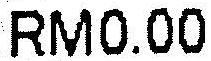
RM0.00